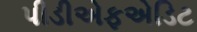
પીડીએફએડિટ